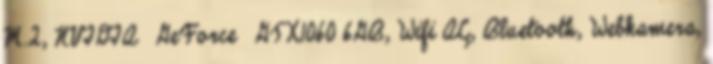
M.2, NVIDIA® GeForce® GTX1060 6GB, Wifi AC, Bluetooth, Webkamera,